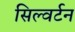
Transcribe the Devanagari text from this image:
सिल्वर्टन